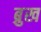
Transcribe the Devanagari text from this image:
ब्रुख